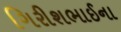
ગિરીશભાઈના